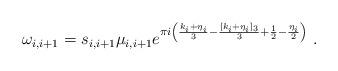
LaTeX: \begin{align*} \omega_{i,i+1} = s_{i,i+1}\mu_{i,i+1} e^{\pi i\left( \frac{k_{i}+\eta_i}{3} - \frac{[k_i + \eta_i]_3}{3} + \frac{1}{2} - \frac{\eta_i}{2}\right)} \ . \end{align*}